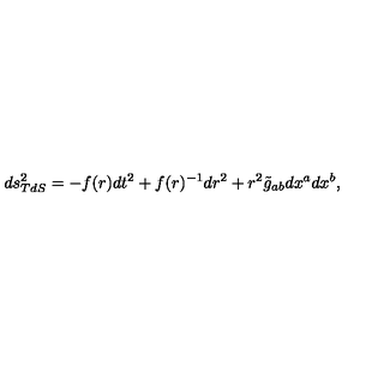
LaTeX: d s _ { T d S } ^ { 2 } = - f ( r ) d t ^ { 2 } + f ( r ) ^ { - 1 } d r ^ { 2 } + r ^ { 2 } \tilde { g } _ { a b } d x ^ { a } d x ^ { b } ,